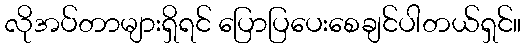
လိုအပ်တာများရှိရင် ပြောပြပေးစေချင်ပါတယ်ရှင်။